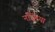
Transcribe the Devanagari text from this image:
नजिरया